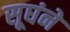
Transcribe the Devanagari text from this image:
सूघंने